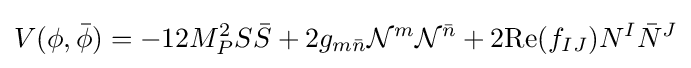
V(\phi ,{\bar {\phi }})=-12M_{P}^{2}S{\bar {S}}+2g_{m{\bar {n}}}{\mathcal {N}}^{m}{\mathcal {N}}^{\bar {n}}+2{\text{Re}}(f_{IJ})N^{I}{\bar {N}}^{J}